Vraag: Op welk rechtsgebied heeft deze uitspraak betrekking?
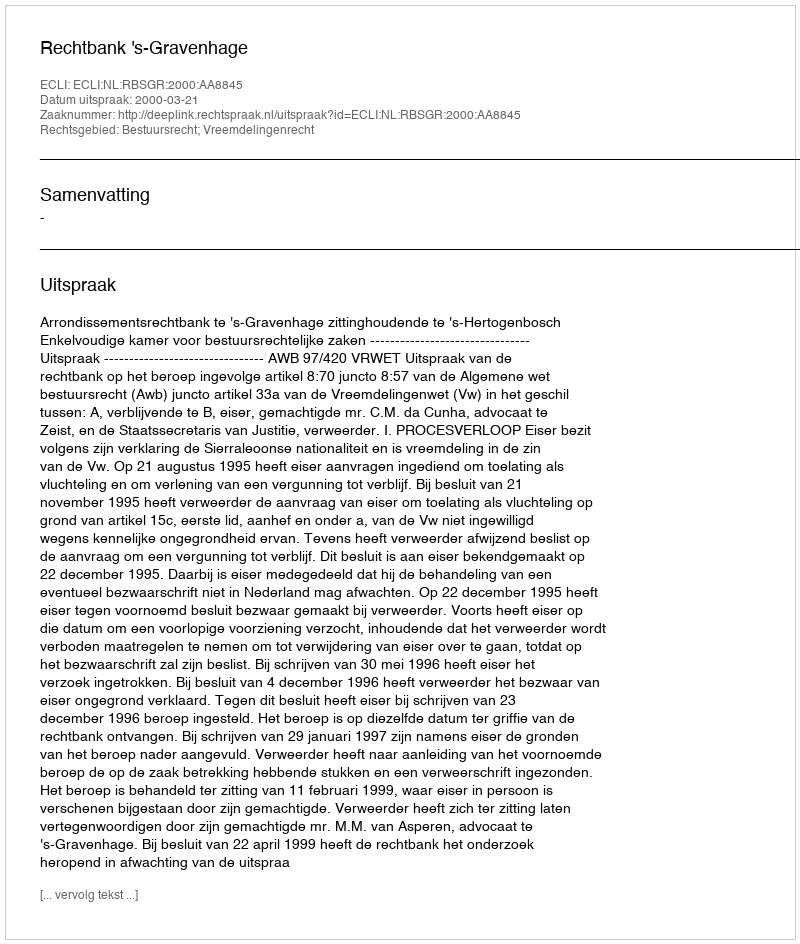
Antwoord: Bestuursrecht; Vreemdelingenrecht